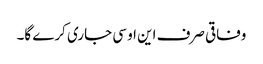
وفاقی صرف این او سی جاری کرے گا۔